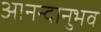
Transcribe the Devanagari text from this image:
आनन्दानुभव